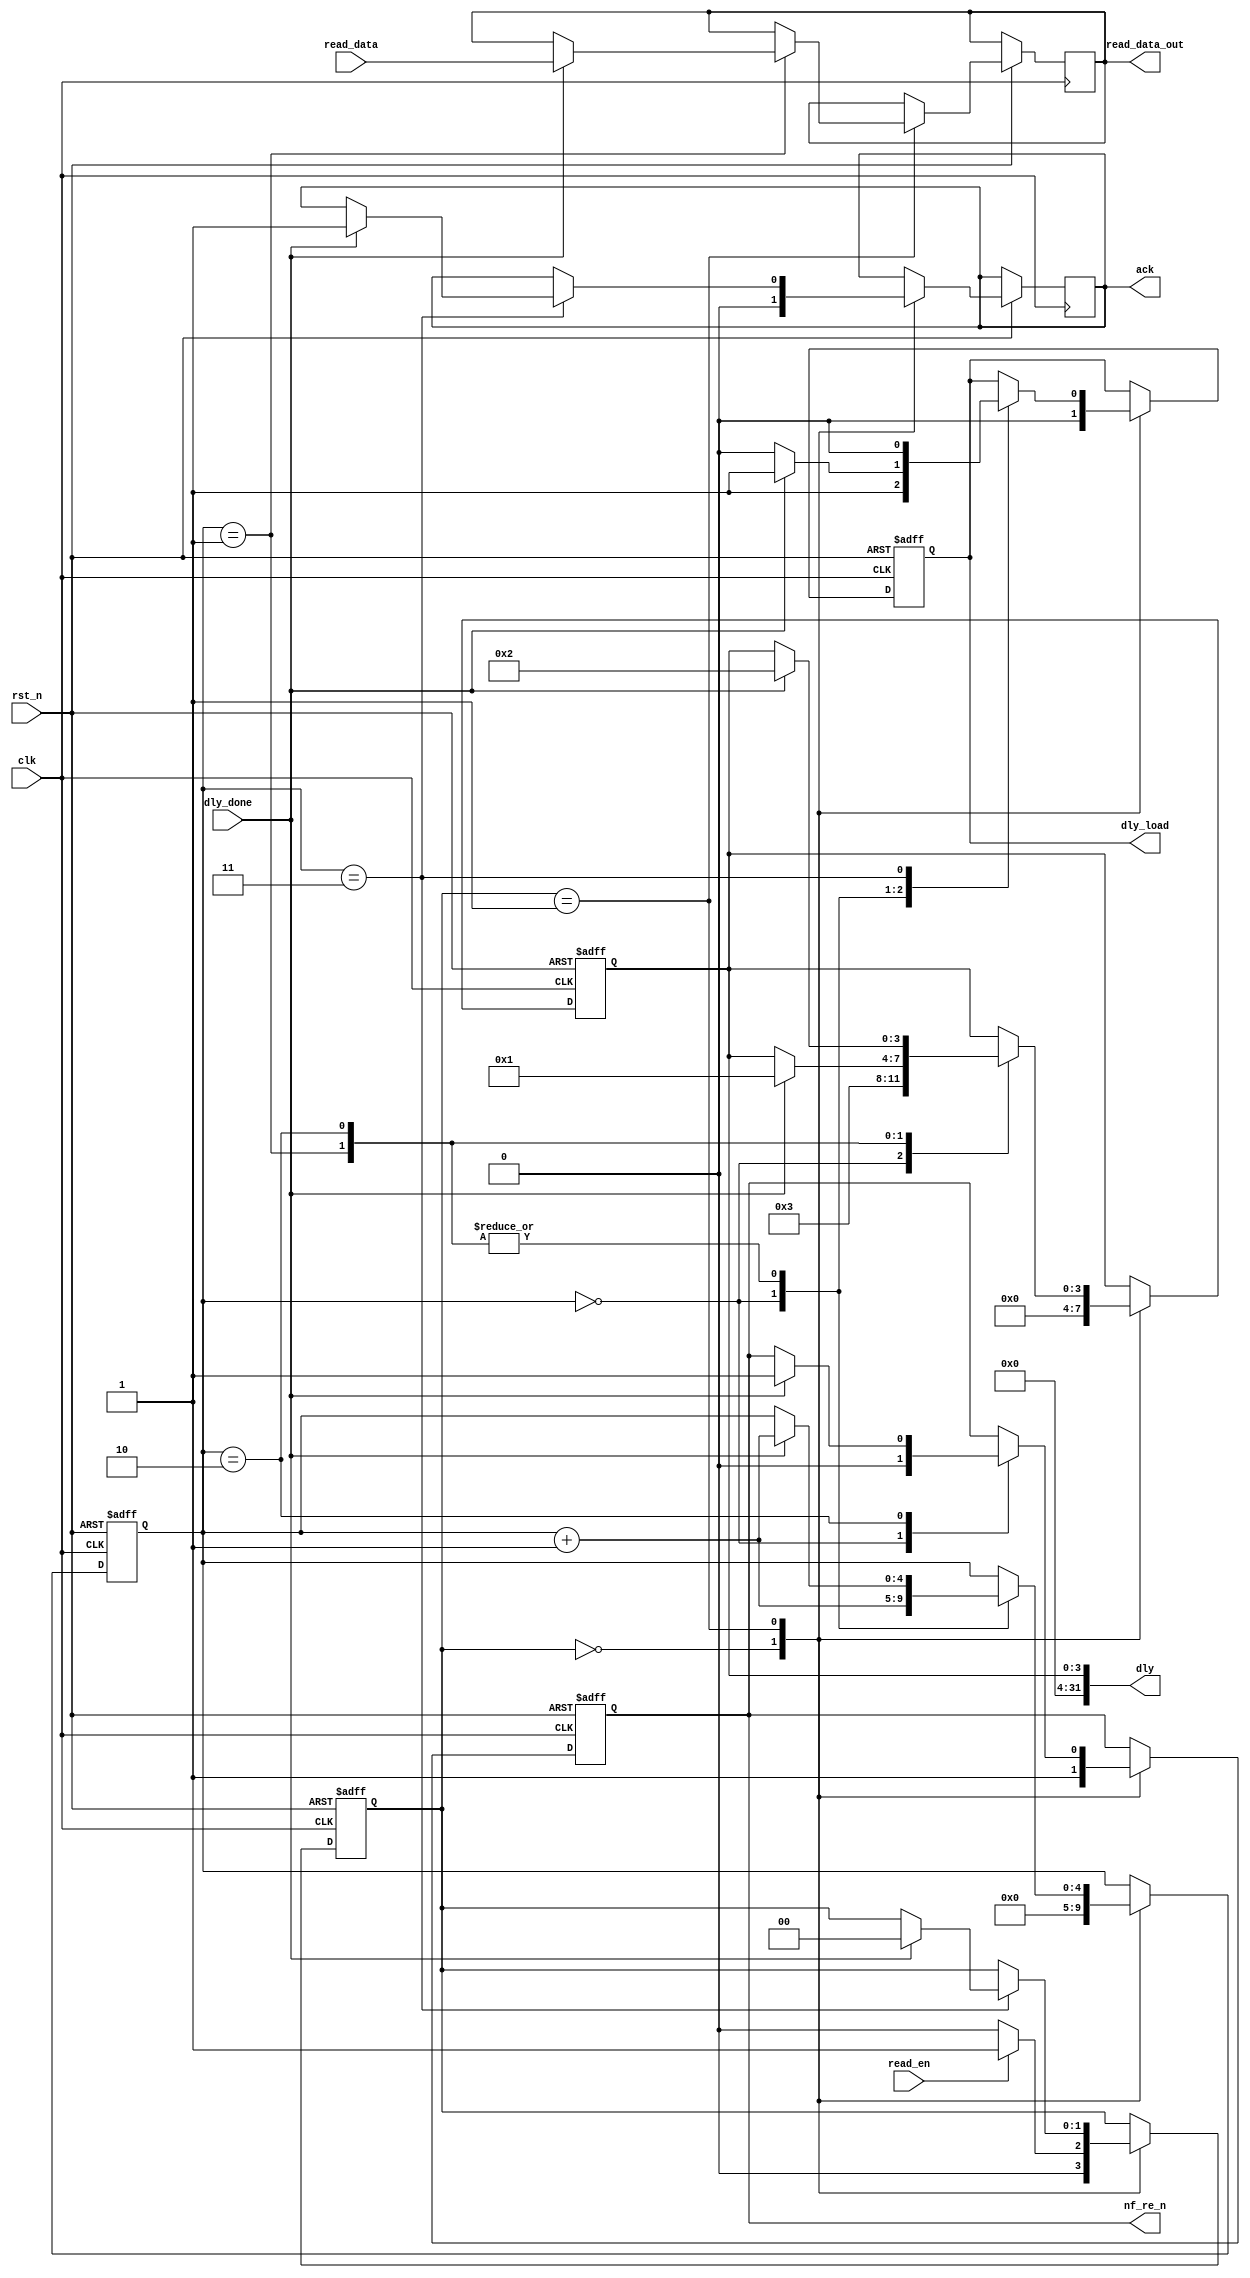
module  read_byte(
                  clk,
                  rst_n,
                  dly_done,
				  read_data,     //connect to flash IO ports
				  read_data_out,
				  dly,
				  ack,
				  read_en,
				  nf_re_n,
				  dly_load			  
                );
       
       input         clk;
       input         rst_n;
       input         dly_done;
       input         read_en;
	   input  [7:0]  read_data;
                
       output [7:0]  read_data_out;
       output [31:0] dly;
       output        nf_re_n;
       output        dly_load;
       output        ack;
       
       reg    [7:0]  read_data_out;
       reg    [3:0]  dly_counter;
       reg           nf_re_n;
       reg           dly_load;
       reg           ack;
		 reg    [4:0]  cycle;
       
       assign dly[31:0] = {28'b0, dly_counter[3:0]};
       
       reg    [1:0]  state;
       
       parameter idle = 2'd0;
       parameter read = 2'd1;
       
///////////MAX CLK=100MHZ//////////////////////////////////          
parameter TWP   = 4'd3,  //WE low pulse width min=25ns
		  TWC   = 4'd6,  //write cycle width min=50ns;
		  TRP   = 4'd4,  //RE pulse width min=30ns;
		  TRC   = 4'd6,  //read cycle time min=50ns;
		  TREA  = 4'd3,  // re_n access time max=30ns;
		  TWB   = 4'd10; //WE high to busy max=100ns;
//////////////////////////////////////////////////////////////



always@(posedge clk or negedge rst_n)
    begin
       if(~rst_n) begin
                cycle       <= 0;
                nf_re_n     <= 1;
                dly_load    <= 0;
                dly_counter <= 0;
                state       <= idle;
       end
       
       else begin
       case(state)
         idle: begin 
                cycle       <= 0;
                nf_re_n     <= 1;
                dly_load    <= 0;
                dly_counter <= 0;
                ack         <= 0;
                if(read_en)
                 state <= read;
                else
                 state <= idle;
               end
   /////////generate read time sequence////////////////////////
         read:    
               case(cycle)
                  5'd0: begin
                        nf_re_n       <= 1'b0;
	                    dly_load      <= 1;            //load wait time:TREA
	                    dly_counter   <= TREA;
	                    cycle         <= cycle+1;
                        end
             
                  5'd1: begin
                        dly_load      <= 0;            // disable load wait time,start time counter
	                   if(dly_done)                    //reach the dly time
	                   begin
	                     read_data_out   <= read_data; //we should wait TREA clks after nf_re_n==0, or we may read a wrong data 
	                     cycle           <= cycle+1;
	                     dly_load        <= 1;
	                     dly_counter     <= TRP-TREA;
	                   end
	                  end
	         
	             5'd2: begin
	                  dly_load       <= 0;
	                  if(dly_done)
	                    begin
	                    nf_re_n     <= 1;
	                    cycle       <= cycle+1;
	                    dly_load    <= 1;
	                    dly_counter <= TRC-TRP;
	                    end
	                 end  
	         
	            5'd3: begin
	                 dly_load       <= 0;
	                 if(dly_done)
	                   begin
	                    ack         <= 1;
	                    state       <= idle;
	                   end
	                 end    
	           
                 endcase
       endcase       
       end
     end
     
     
	
endmodule